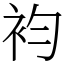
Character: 袀